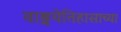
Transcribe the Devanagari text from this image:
वाङ्मयेतिहासाच्या